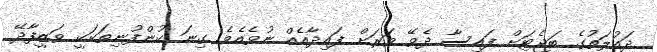
ދައުލަތުގެ ބަޖެޓަށް ފައިސާ ދެވޭ ވަރަށް ފައިދާއެއް ނުވެއެވެ. ގިނަ ކުންފުނިތަކަކީ ވަޒީފާދޭ